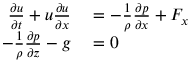
\begin{array} { r l } { { \frac { \partial u } { \partial t } } + u { \frac { \partial u } { \partial x } } } & { { } = - { \frac { 1 } { \rho } } { \frac { \partial p } { \partial x } } + F _ { x } } \\ { - { \frac { 1 } { \rho } } { \frac { \partial p } { \partial z } } - g } & { { } = 0 } \end{array}